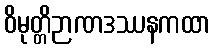
ဝိမုတ္တိဉာဏဒဿနကထာ